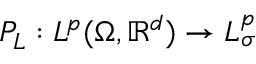
P _ { L } : L ^ { p } ( \Omega , \mathbb { R } ^ { d } ) \to L _ { \sigma } ^ { p }